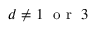
d \neq 1 \ \mathrm { ~ o ~ r ~ } \ 3